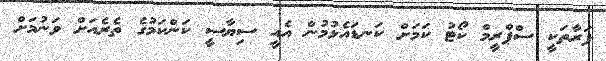
ފަރާތަކީ ސްޕްރީމް ކޯޓު ކަމަށް ކަނޑައެޅުމުން އެއީ ސިޔާސީ ކަންކަމުގެ ތެރެއަށް ވަނުމަށް